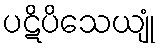
ပဋိပိသေယျုံ